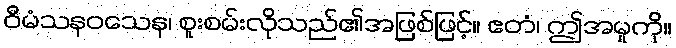
ဝီမံသနဝသေန၊ စူးစမ်းလိုသည်၏အဖြစ်ဖြင့်။ ဧတံ၊ ဤအမှုကို။